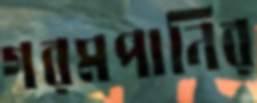
গরমপানির